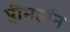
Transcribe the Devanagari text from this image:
प्लीमप्टॉन